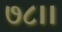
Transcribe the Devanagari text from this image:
७८।।